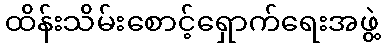
ထိန်းသိမ်းစောင့်ရှောက်ရေးအဖွဲ့